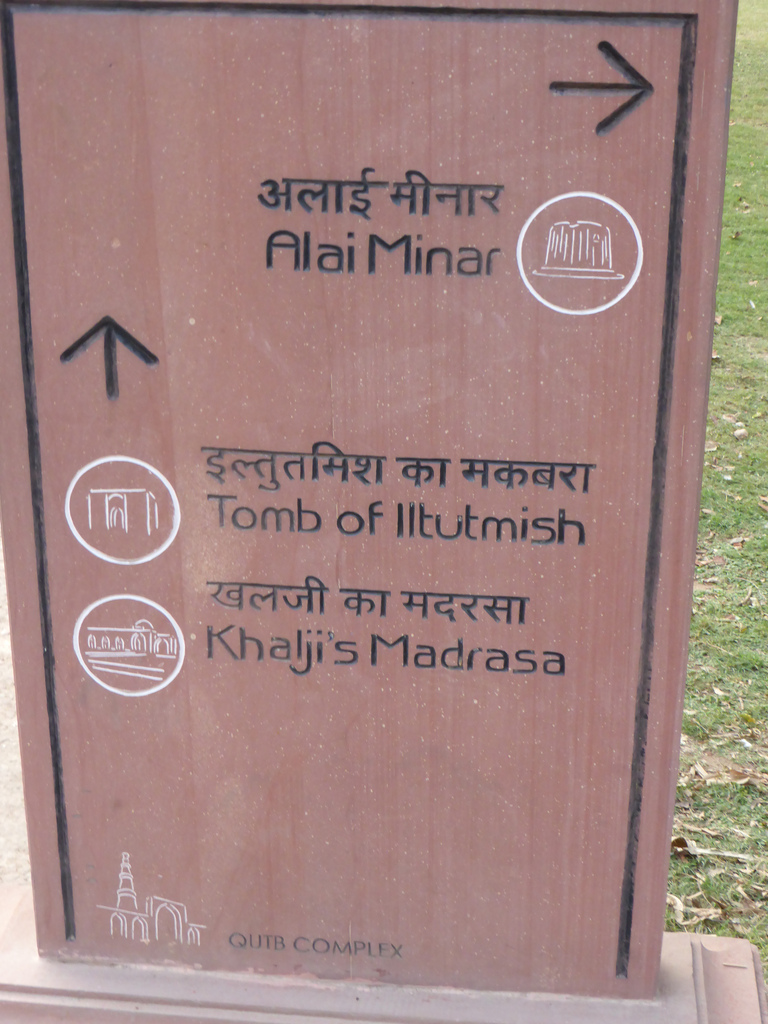
Language: hindi
Transcription: मीनार इल्तुतमिश का खलजी का मदरसा अलाई मकबरा